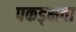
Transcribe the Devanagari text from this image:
पकड्क्षवा